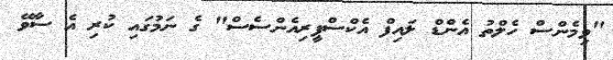
"ވިމެންސް ހެލްތު އެންޑް ލައިފް އެކްސްޕީރިއެންސެސް" ގެ ނަމުގައި ކުރި އެ ސާވޭ